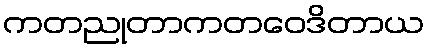
ကတညုတာကတဝေဒိတာယ